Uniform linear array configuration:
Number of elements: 16
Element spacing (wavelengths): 1
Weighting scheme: hamming
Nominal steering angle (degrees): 15
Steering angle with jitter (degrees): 14.761
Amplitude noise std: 0.05
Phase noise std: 0.05

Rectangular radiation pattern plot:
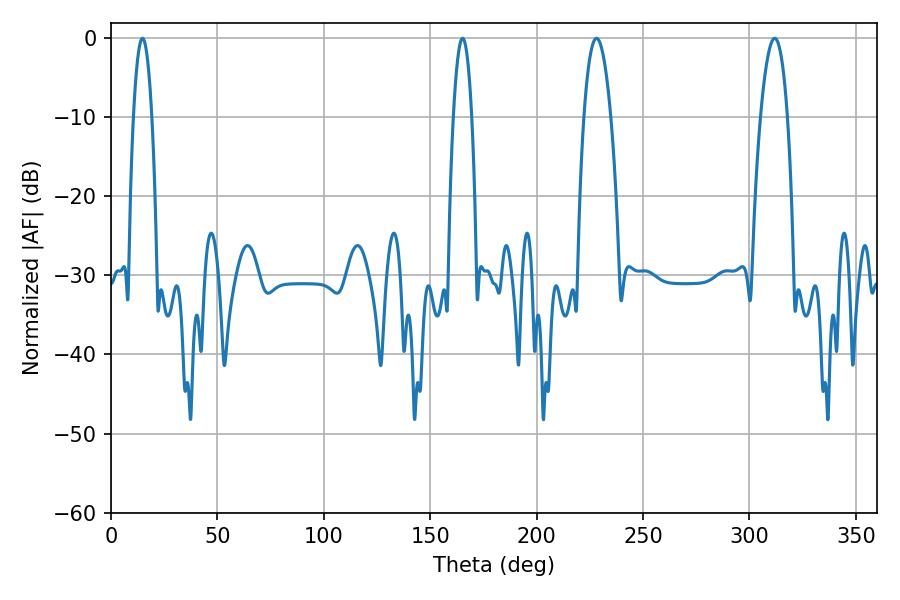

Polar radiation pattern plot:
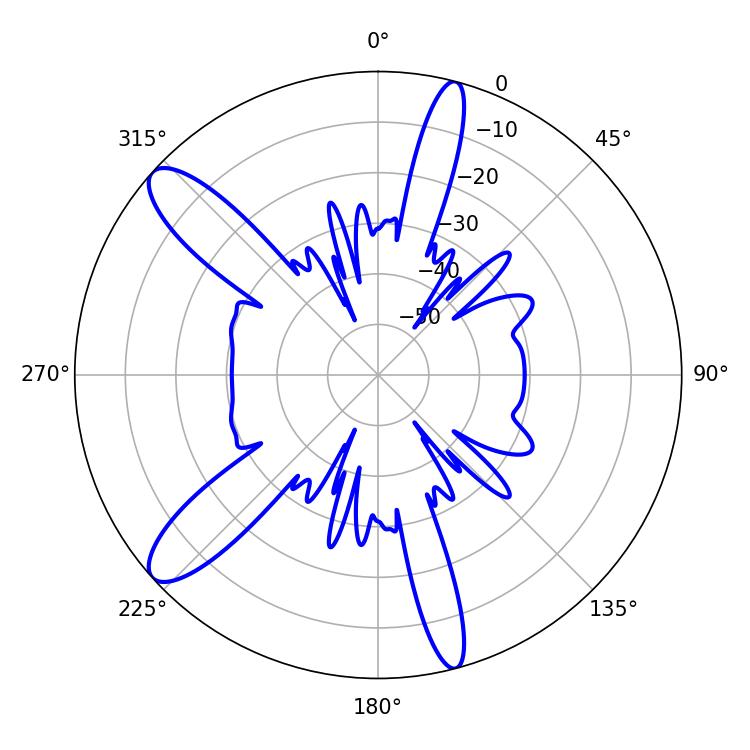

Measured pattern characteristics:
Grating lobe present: TRUE
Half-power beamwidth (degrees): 4.68
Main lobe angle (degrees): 14.76